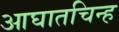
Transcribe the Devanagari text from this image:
आघातचिन्ह